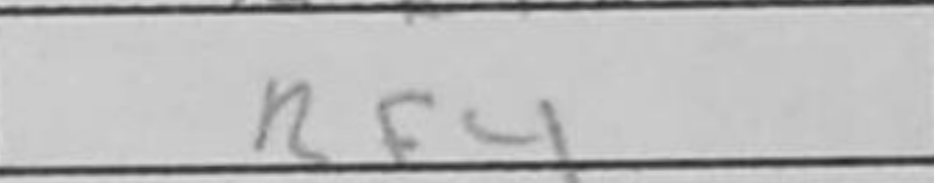
Transcription: Rf4